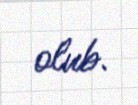
olub.